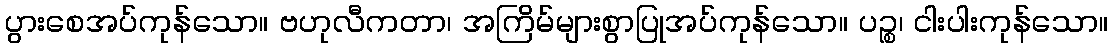
ပွားစေအပ်ကုန်သော။ ဗဟုလီကတာ၊ အကြိမ်များစွာပြုအပ်ကုန်သော။ ပဉ္စ၊ ငါးပါးကုန်သော။